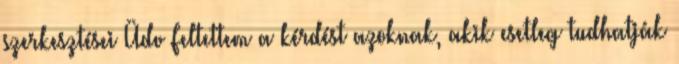
szerkesztései Üdv Feltettem a kérdést azoknak, akik esetleg tudhatják